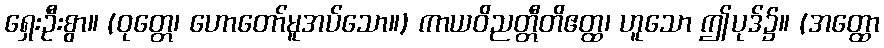
ရှေးဦးစွာ။ (ဝုတ္တေ၊ ဟောတော်မူအပ်သော။) ကာယဝိညတ္တီတိဧတ္ထ၊ ဟူသော ဤပုဒ်၌။ (အတ္ထော